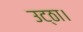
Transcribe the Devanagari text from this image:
उट्ठा।